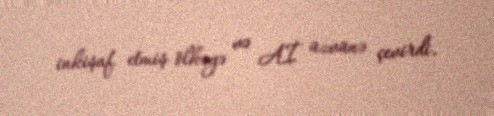
inkişaf etmiş ölkəyə və Aİ üzvünə çevirdi.